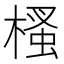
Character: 㮻